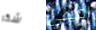
شكر اميلي